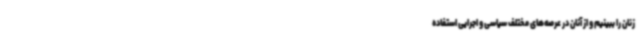
زنان را ببینیم و از آنان در عرصه‌های مختلف سیاسی و اجرایی استفاده